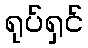
ရုပ်ရှင်